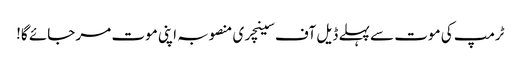
ٹرمپ کی موت سے پہلے ڈیل آف سینچری منصوبہ اپنی موت مر جائے گا!